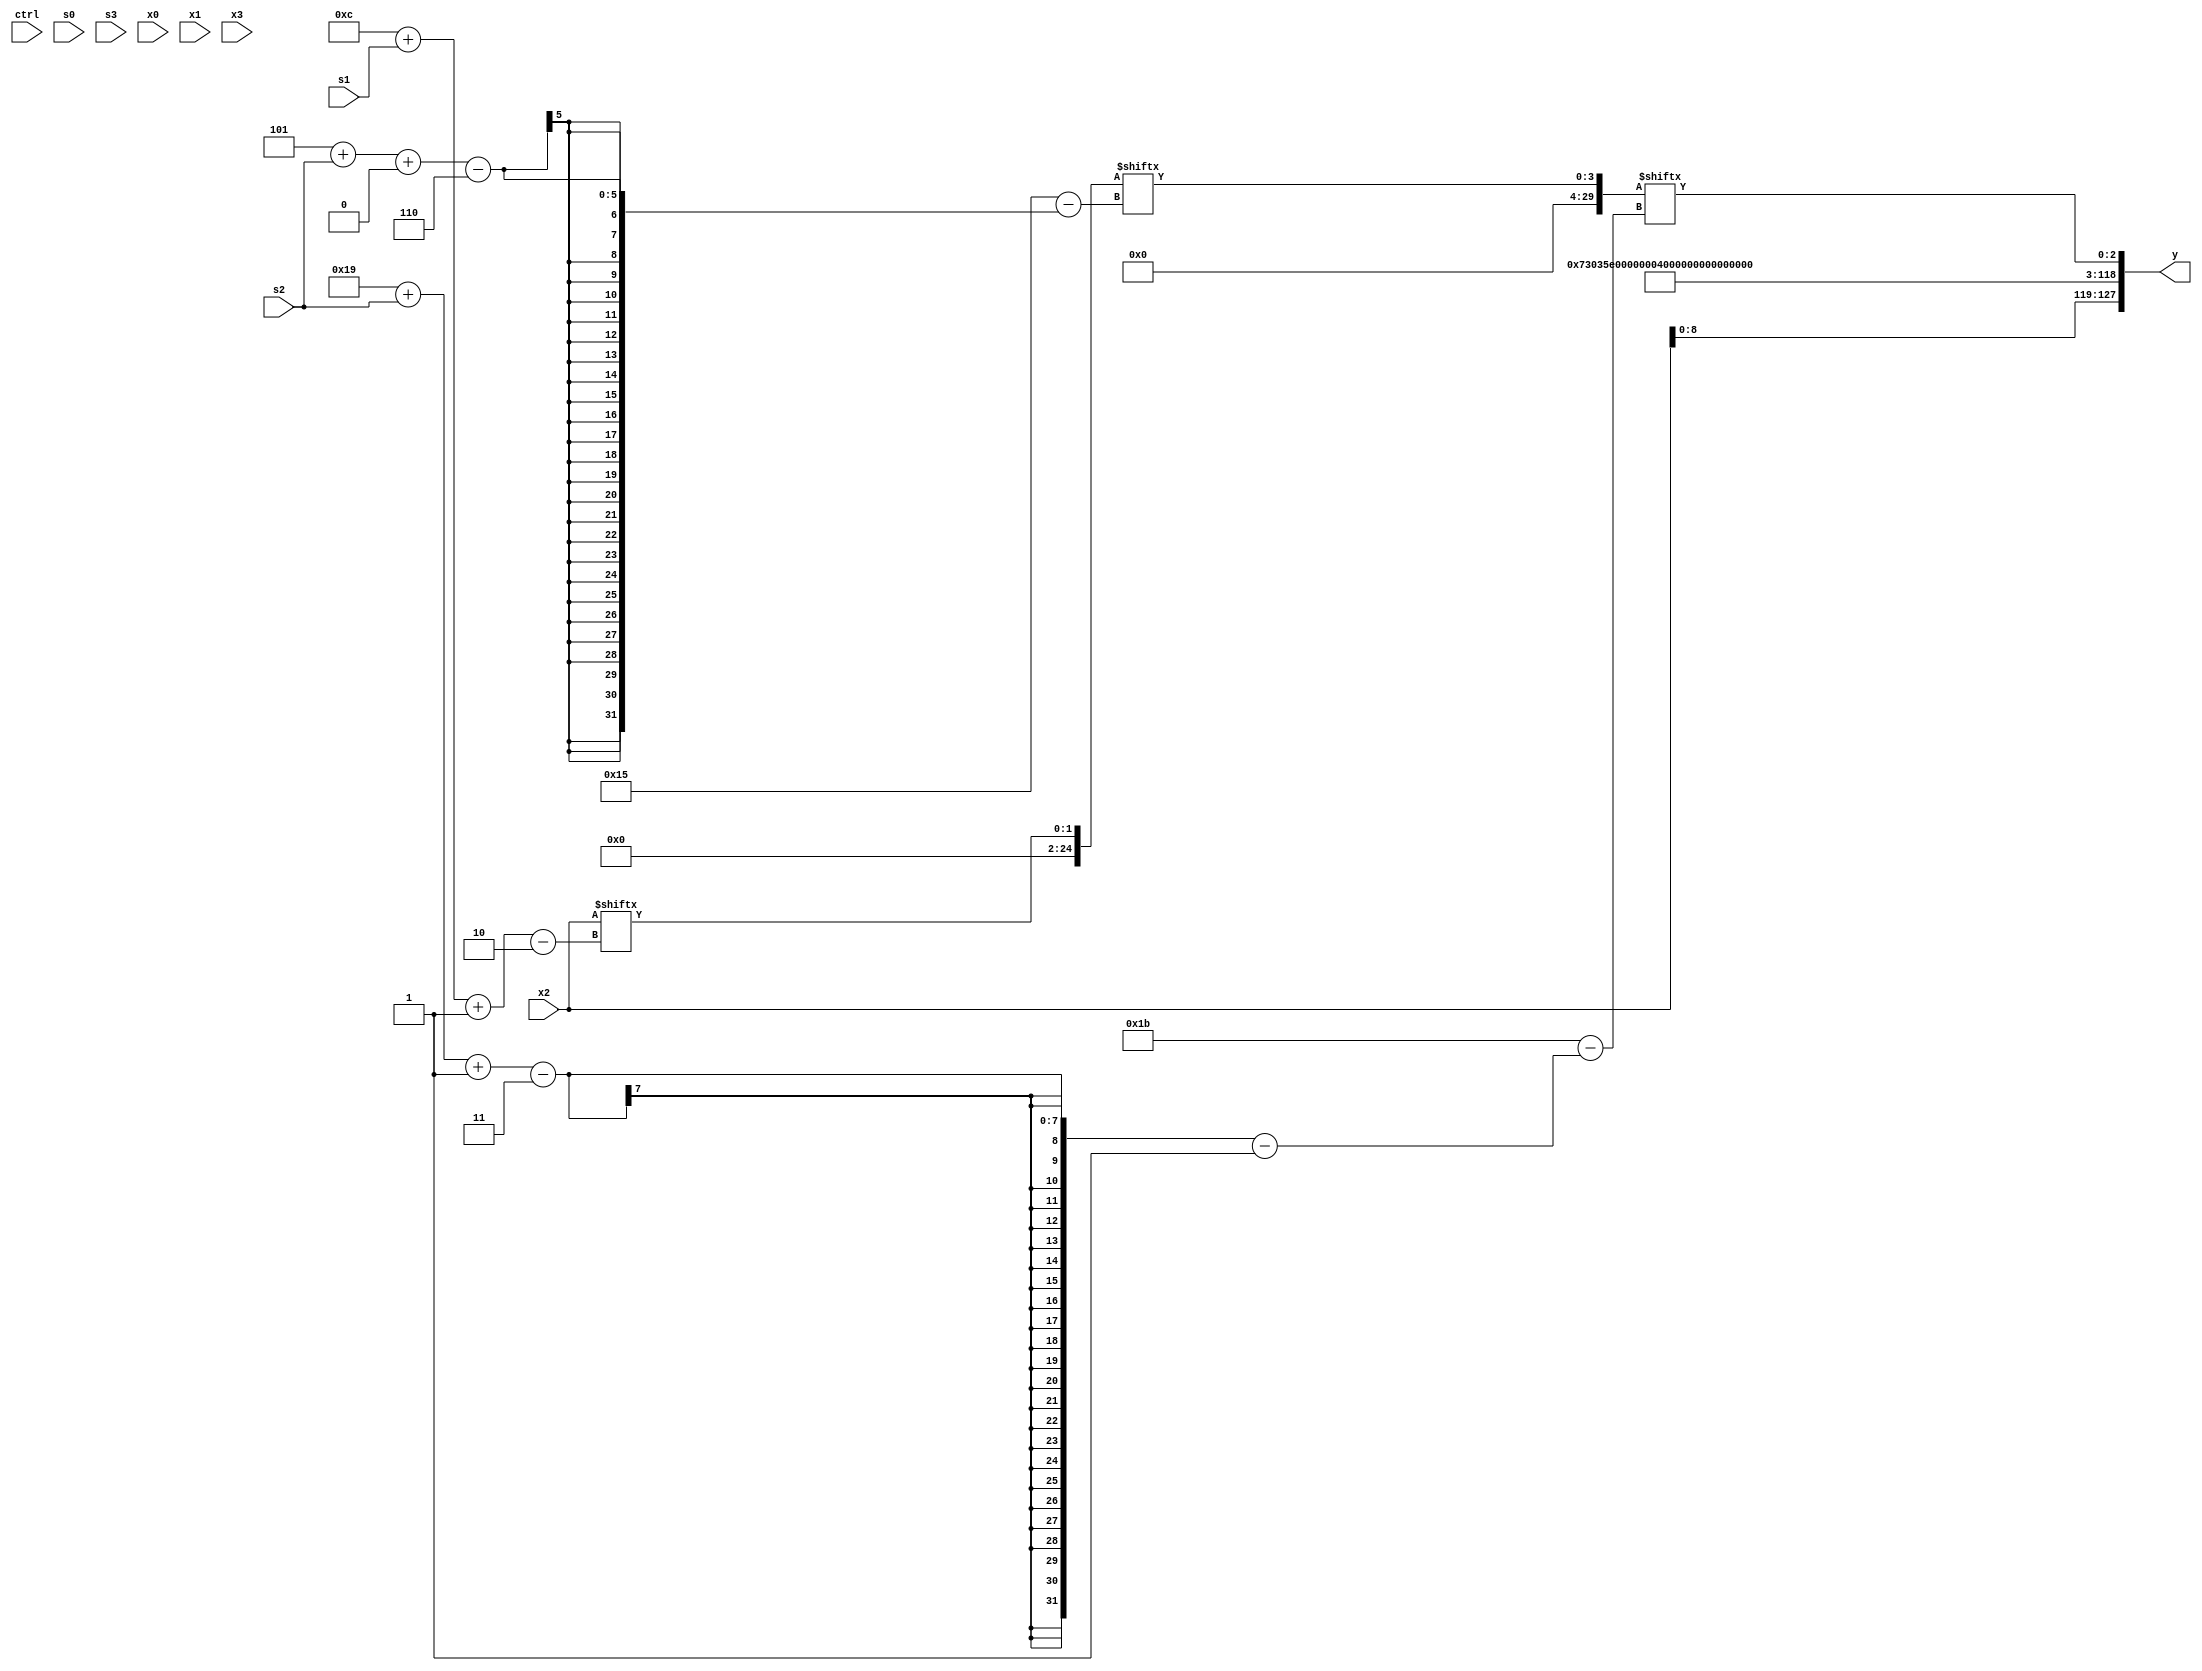
module partsel_00957(ctrl, s0, s1, s2, s3, x0, x1, x2, x3, y);
  input [3:0] ctrl;
  input [2:0] s0;
  input [2:0] s1;
  input [2:0] s2;
  input [2:0] s3;
  input signed [31:0] x0;
  input [31:0] x1;
  input [31:0] x2;
  input signed [31:0] x3;
  wire signed [25:7] x4;
  wire [5:31] x5;
  wire signed [7:27] x6;
  wire signed [6:29] x7;
  wire signed [3:31] x8;
  wire signed [2:26] x9;
  wire signed [27:4] x10;
  wire [6:30] x11;
  wire [25:2] x12;
  wire signed [2:28] x13;
  wire [1:30] x14;
  wire signed [25:2] x15;
  output [127:0] y;
  wire signed [31:0] y0;
  wire signed [31:0] y1;
  wire [31:0] y2;
  wire [31:0] y3;
  assign y = {y0,y1,y2,y3};
  localparam signed [27:1] p0 = 306341504;
  localparam signed [4:26] p1 = 439976367;
  localparam [6:31] p2 = 413510354;
  localparam [1:31] p3 = 184591703;
  assign x4 = {2{{p0[17 +: 2], ({(((p1[12 + s0] + p2) - x3[12 +: 3]) - p0[17 +: 2]), p2[21 -: 2]} & (x0 | (p0[9] & x0[12 + s1 -: 6])))}}};
  assign x5 = ((!ctrl[2] || !ctrl[2] || !ctrl[0] ? p0[13] : x1[12 +: 4]) | x4);
  assign x6 = (ctrl[3] || ctrl[3] || !ctrl[1] ? p2[4 + s3] : {{2{((!ctrl[1] || ctrl[0] || !ctrl[2] ? p1 : x2) & (x1 - p0[24 + s1 +: 4]))}}, {((ctrl[0] && !ctrl[3] || !ctrl[2] ? x5[17 + s1 +: 4] : p2[22 + s0 +: 7]) | x4[9 + s2]), {(ctrl[1] && !ctrl[3] || ctrl[1] ? x0[6 + s1 +: 7] : p0), x5[14 + s2]}}});
  assign x7 = (x3[16 +: 2] ^ (((((p1[2 + s0 -: 2] | ((x0[17 + s0] - p0[14 -: 1]) + p0)) ^ p1) + {x0[8], x6}) & ((p2 ^ p2[15]) | p1[22 + s2 +: 7])) ^ p1[3 + s2 -: 7]));
  assign x8 = ((p1[16 -: 4] ^ {2{p3}}) & x3[9 +: 4]);
  assign x9 = {2{({2{({p3, p3[13 -: 3]} | (x6[22 + s0 -: 6] ^ ((p3[2 + s1 +: 7] - x2) | p0[5 + s2 +: 5])))}} & (!ctrl[1] || ctrl[0] || !ctrl[3] ? x1[8 +: 1] : ((!ctrl[2] || ctrl[2] && ctrl[3] ? x3 : p0[15 +: 2]) ^ (p3[16] & (((p0[10 +: 3] | (x6 & x7[8 + s0 -: 2])) + ((x2[20 -: 3] | x6[10 +: 1]) + x7[11])) - x3[9 + s1 -: 4])))))}};
  assign x10 = (p2[12 -: 2] + (!ctrl[3] && ctrl[2] || ctrl[0] ? p2[22] : x5));
  assign x11 = x2[12 + s1 -: 2];
  assign x12 = {(p1[22 + s2 +: 5] + {2{x9[16 +: 3]}}), ({2{((x11 ^ x8[29 + s1 +: 1]) - x0)}} ^ (({p1[9 + s0 -: 8], x10[18 +: 2]} & {2{p2[10 + s0]}}) | ((p1[9 + s2] & (x2 + x4[9 + s1])) - p3[17])))};
  assign x13 = p2;
  assign x14 = x11[5 + s2 +: 4];
  assign x15 = {2{p0[5 + s2 +: 7]}};
  assign y0 = {x2, p1};
  assign y1 = p1[20 -: 2];
  assign y2 = p2[10];
  assign y3 = x14[25 + s2 -: 3];
endmodule